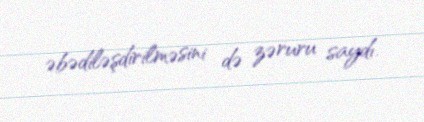
əbədiləşdirilməsini də zəruru saydı.